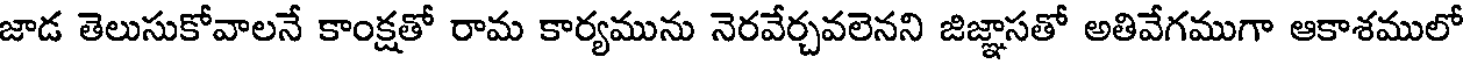
జాడ తెలుసుకోవాలనే కాంక్షతో రామ కార్యమును నెరవేర్చవలెనని జిజ్ఞాసతో అతివేగముగా ఆకాశములో